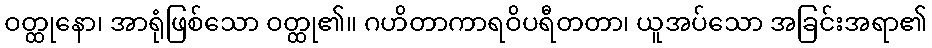
ဝတ္ထုနော၊ အာရုံဖြစ်သော ဝတ္ထု၏။ ဂဟိတာကာရဝိပရီတတာ၊ ယူအပ်သော အခြင်းအရာ၏